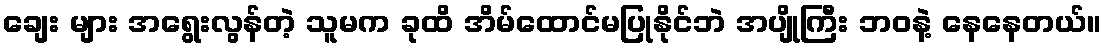
ချေး များ အရွေးလွန်တဲ့ သူမက ခုထိ အိမ်ထောင်မပြုနိုင်ဘဲ အပျိုကြီး ဘဝနဲ့ နေနေတယ်။